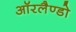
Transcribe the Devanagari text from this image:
ऑरलैण्डो